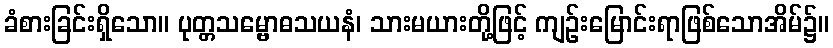
ခံစားခြင်းရှိသော။ ပုတ္တသမ္ဗောဓသယနံ၊ သားမယားတို့ဖြင့် ကျဉ်းမြောင်းရာဖြစ်သောအိမ်၌။